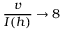
\frac { v } { I ( h ) } \to 8